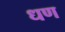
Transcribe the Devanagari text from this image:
धण